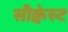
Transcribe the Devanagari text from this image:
सीक्वेस्ट